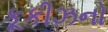
કૂકીઝનો